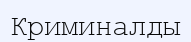
Криминалды